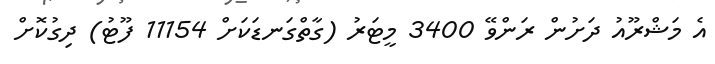
އެ މަޝްރޫއު ދަށުން ރަންވޭ 3400 މީޓަރު (ގާތްގަނޑަކަށް 11154 ފޫޓު) ދިގުކޮށް